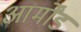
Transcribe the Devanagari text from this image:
आर्मोंड